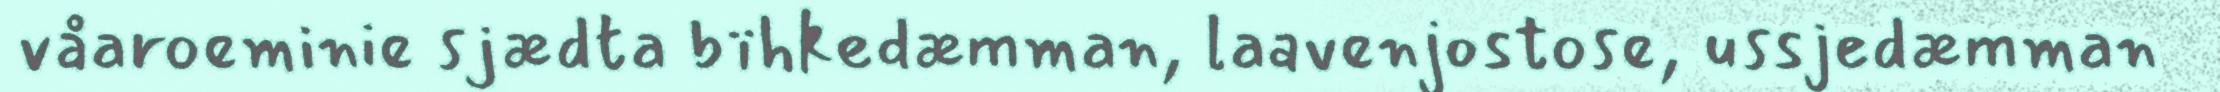
våaroeminie sjædta bïhkedæmman, laavenjostose, ussjedæmman